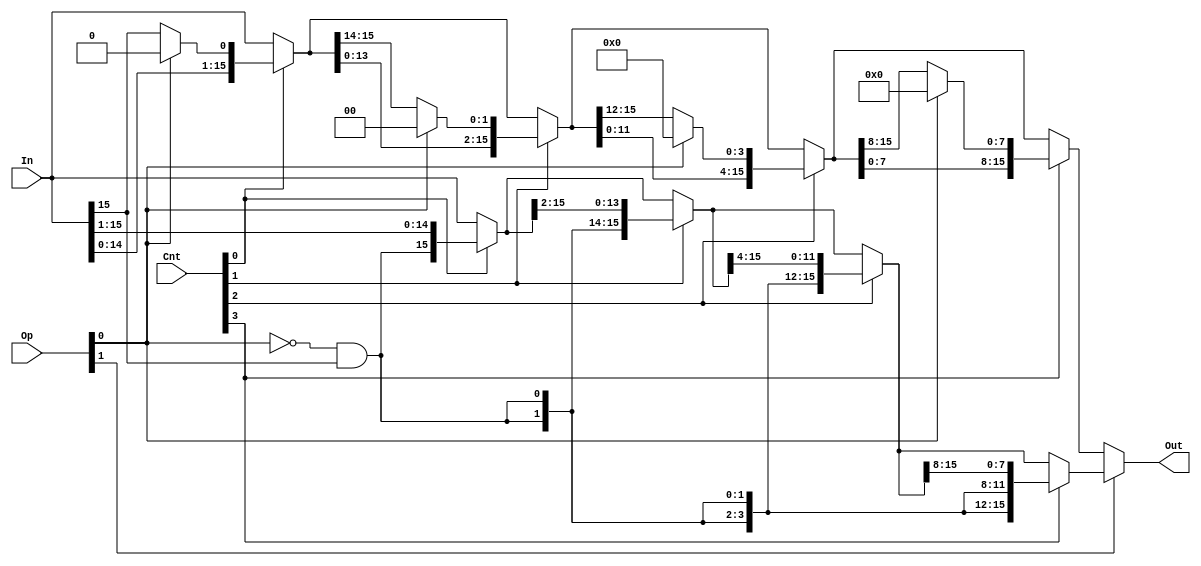
/* 
    CS/ECE 552 Spring '19
    Homework #4, Problem 1
    
    A barrel shifter module.  It is designed to shift a number via rotate
    left, shift left, shift right arithmetic, or shift right logical based
    on the Op() value that is passed in (2 bit number).  It uses these
    shifts to shift the value any number of bits between 0 and 15 bits.
 */
module barrelShifter (In, Cnt, Op, Out);

   // declare constant for size of inputs, outputs (N) and # bits to shift (C)
   parameter   N = 16;
   parameter   C = 4;
   parameter   O = 2;

   input [N-1:0]   In;
   input [C-1:0]   Cnt;
   input [O-1:0]   Op;
   output [N-1:0]  Out;

   /* YOUR CODE HERE */
//Right shift
wire [15:0] shift1,shift2,shift3,res;
assign shift1 = Cnt[0] ? {{~Op[0]&In[15]},In[15:1]} : In[15:0];  	       //Shift by 1 bit
assign shift2 = Cnt[1] ? {{2{~Op[0]&In[15]}},shift1[15:2]} : shift1;           //Shift by 2 bits
assign shift3 = Cnt[2] ? {{4{~Op[0]&In[15]}},shift2[15:4]} : shift2;           //Shift by 4 bits
assign res = Cnt[3] ? {{8{~Op[0]&In[15]}},shift3[15:8]} : shift3;              //Shift by 8 bits
   

//Rotate or shift left
wire [15:0] lshift1,lshift2,lshift3,res2;
assign lshift1 = Cnt[0] ? {{In[14:0]}, Op[0]? 1'b0:In[15]} : In[15:0];                           //Shift by 1 bit 
assign lshift2 = Cnt[1] ? {{lshift1[13:0]}, Op[0]? 2'b0:lshift1[15:14]} : lshift1;            //Shift by 2 bits
assign lshift3 = Cnt[2] ? {{lshift2[11:0]}, Op[0]? 4'b0:lshift2[15:12]} : lshift2;            //Shift by 4 bits
assign res2 = Cnt[3] ? {{lshift3[7:0]}, Op[0]? 8'b0:lshift3[15:8]} : lshift3;                    //Shift by 8 bits


assign Out = Op[1] ? res : res2; //Choose between left and right shift

endmodule